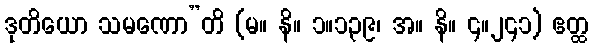
ဒုတိယော သမဏော”တိ (မ။ နိ။ ၁။၁၃၉၊ အ။ နိ။ ၄။၂၄၁) ဧတ္ထ